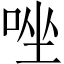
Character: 唑